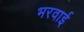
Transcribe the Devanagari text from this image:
भरवाई